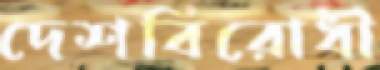
দেশবিরোধী